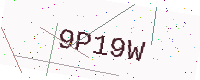
Text: 9P19W